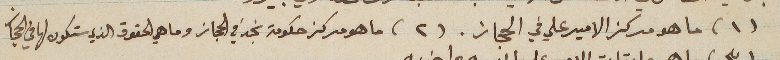
(١) ما هو مركز الامير علي في الحجاز. (٢) ما هو مركز حكومة نجد في الحجاز وما هي الحقوق الذي ستكون لها في الحجاز